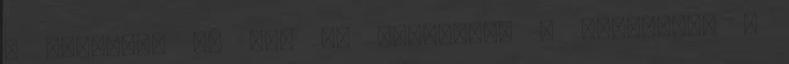
a dologra, és meg is indította a támadást. A